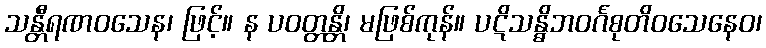
သန္တီရဏဝသေန၊ ဖြင့်။ န ပဝတ္တန္တိ၊ မဖြစ်ကုန်။ ပဋိသန္ဓိဘဝင်္ဂစုတိဝသေနေဝ၊